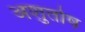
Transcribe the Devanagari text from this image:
अशुतोष